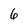
Character: 6